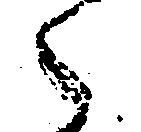
々